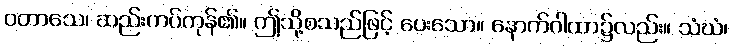
ဝတာသေ၊ ဆည်းကပ်ကုန်၏။ ဤသို့စသည်ဖြင့် ပေးသော။ နောက်ဂါထာ၌လည်း။ သံဃံ၊